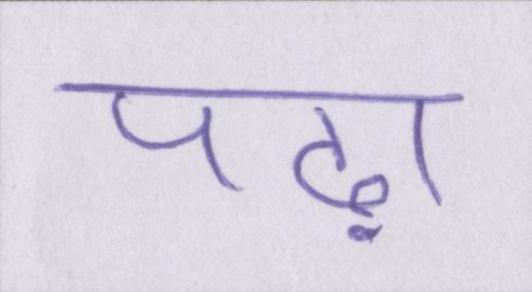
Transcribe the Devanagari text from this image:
पढ़ा